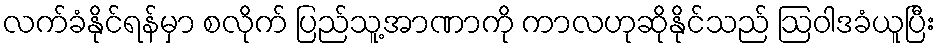
လက်ခံနိုင်ရန်မှာ စလိုက် ပြည်သူ့အာဏာကို ကာလဟုဆိုနိုင်သည် ဩဝါဒခံယူပြီး